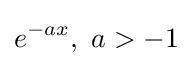
e^{-ax},\ a>-1